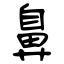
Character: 鼻